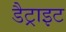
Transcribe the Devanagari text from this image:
डैट्राइट